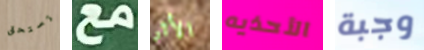
تستحق مع الأثر الأحذيه وجبة